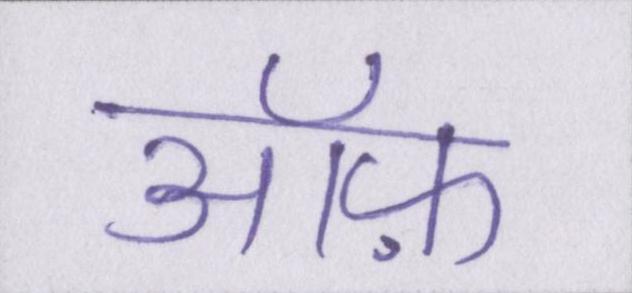
ऑफ़